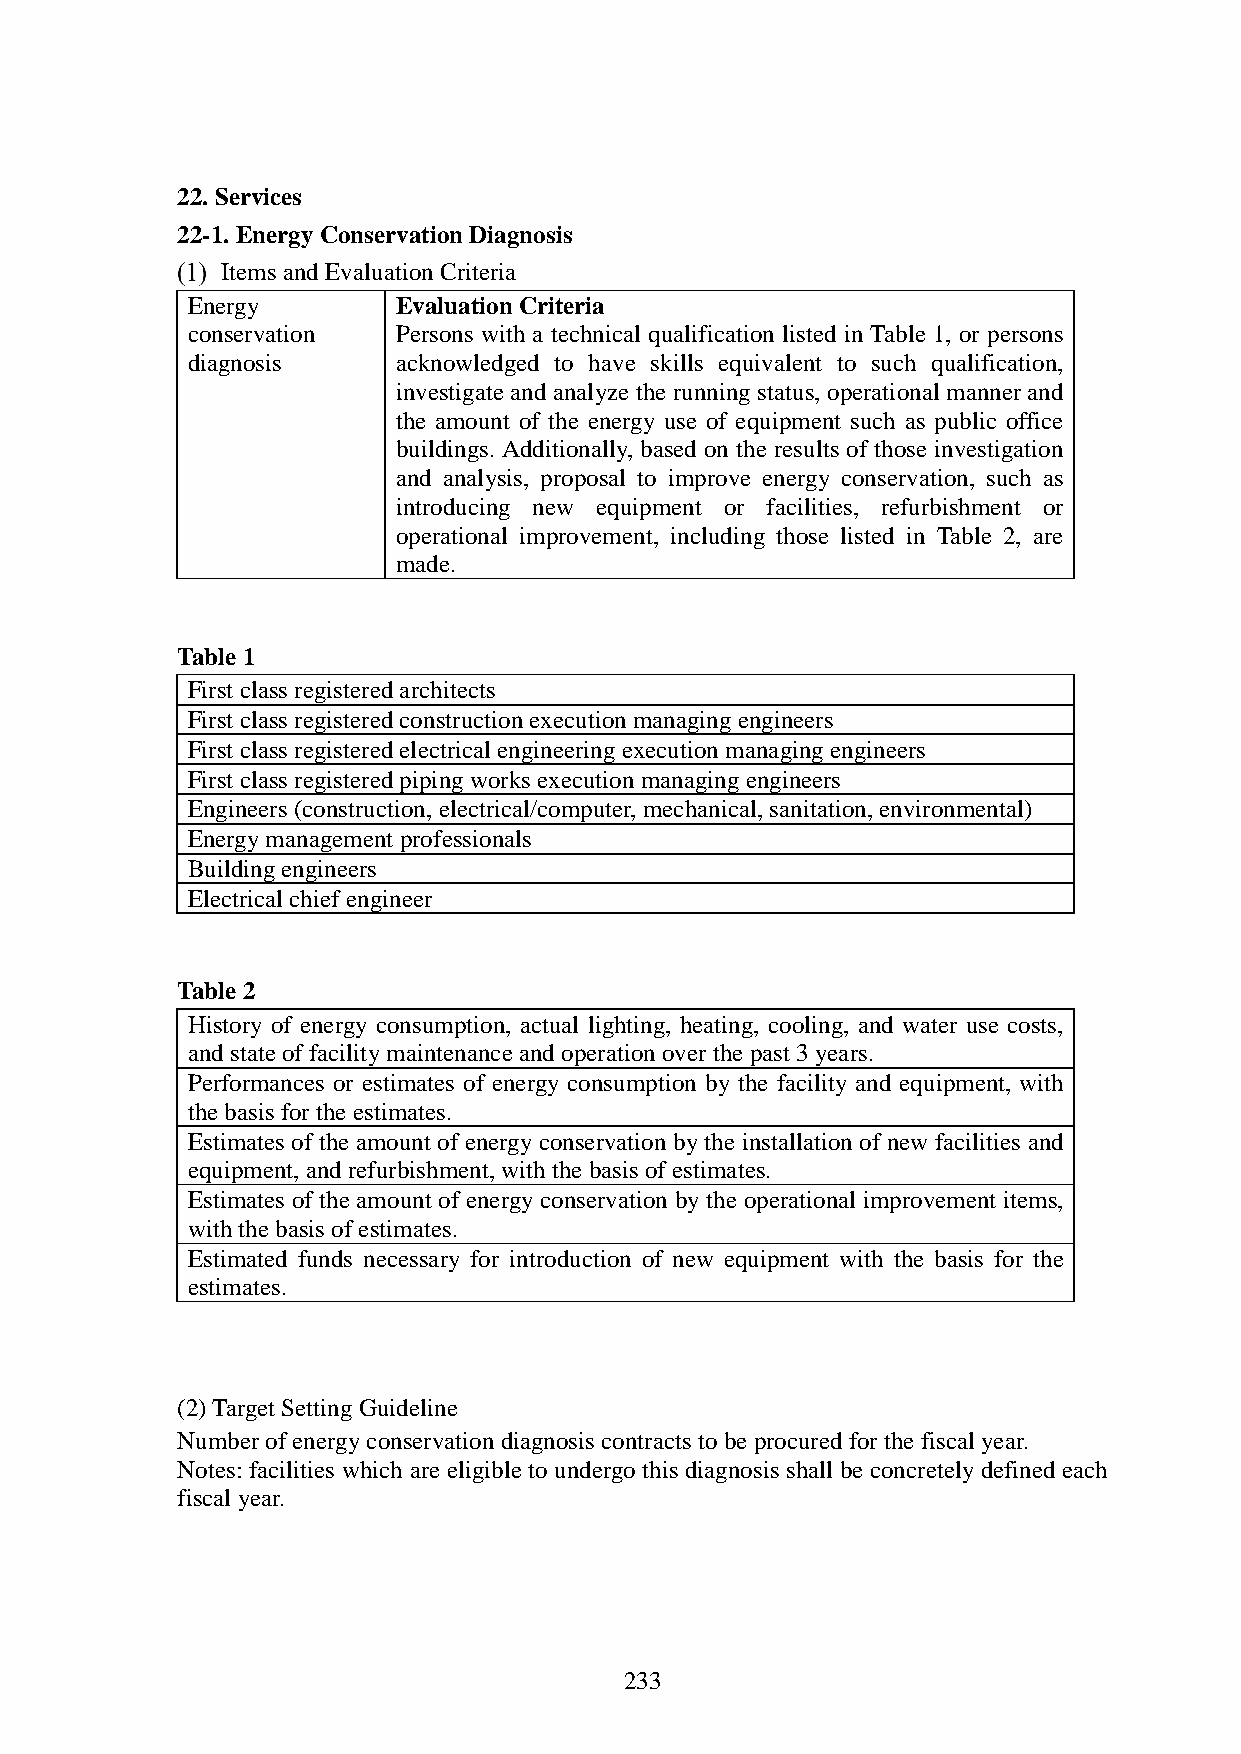
22. Services
 22-1. Energy Conservation Diagnosis
 Items and Evaluation Criteria
 Energy        Evaluation Criteria
 conservation  Persons with a technical qualification listed in Table 1, or persons
 diagnosis     acknowledged to have skills equivalent to such qualification,
 investigate and analyze the running status, operational manner and
 the amount of the energy use of equipment such as public office
 buildings. Additionally, based on the results of those investigation
 and analysis, proposal to improve energy conservation, such as
 introducing new equipment or facilities, refurbishment or
 operational improvement, including those listed in Table 2, are
 made.
 Table 1
 First class registered architects
 First class registered construction execution managing engineers
 First class registered electrical engineering execution managing engineers
 First class registered piping works execution managing engineers
 Engineers (construction, electrical/computer, mechanical, sanitation, environmental)
 Energy management professionals
 Building engineers
 Electrical chief engineer
 Table 2
 History of energy consumption, actual lighting, heating, cooling, and water use costs,
 and state of facility maintenance and operation over the past 3 years.
 Performances or estimates of energy consumption by the facility and equipment, with
 the basis for the estimates.
 Estimates of the amount of energy conservation by the installation of new facilities and
 equipment, and refurbishment, with the basis of estimates.
 Estimates of the amount of energy conservation by the operational improvement items,
 with the basis of estimates.
 Estimated funds necessary for introduction of new equipment with the basis for the
 estimates.
 (2) Target Setting Guideline
 Number of energy conservation diagnosis contracts to be procured for the fiscal year.
 Notes: facilities which are eligible to undergo this diagnosis shall be concretely defined each
 fiscal year.
 233